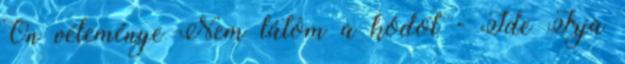
Ön véleménye Nem látom a kódot - Ide Írja